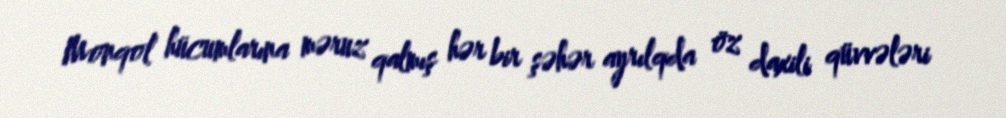
Monqol hücumlarına məruz qalmış hər bir şəhər ayrılqda öz daxili qüvvələri